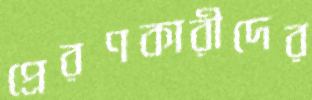
প্রেরণকারীদের